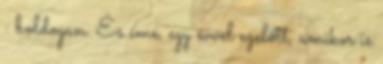
: boldogan. És íme, egy évvel ezelőtt, amikor is